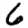
Digit: 6